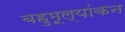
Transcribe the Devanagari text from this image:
बहुमूल्यांकन